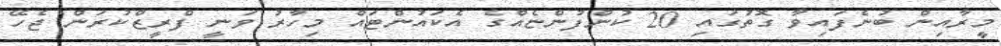
މީރާއިން ބުނެފައިވާ ގޮތުގައި 20 ކުންފުންޏެއްގެ އެކައުންޓައް މިހާރު ވަނީ ފްރީޒްކުރަން ޖެހޭ